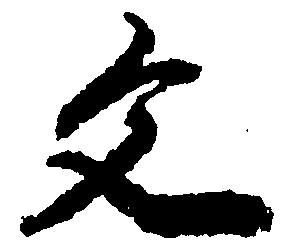
文